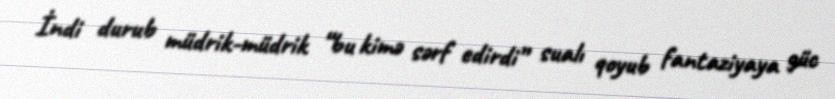
İndi durub müdrik-müdrik “bu kimə sərf edirdi” sualı qoyub fantaziyaya güc